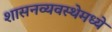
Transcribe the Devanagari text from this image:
शासनव्यवस्थेमध्ये